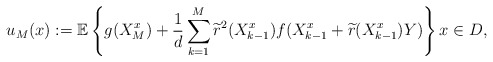
\begin{align*}u_M(x):=\mathbb{E}\left\{ g(X_M^{x})+\frac{1}{d}\sum\limits_{k= 1}^M \widetilde{r}^2(X^{x}_{k-1})f(X^{x}_{k-1}+\widetilde{r}(X^{x}_{k-1})Y)\right\} x\in D,\end{align*}